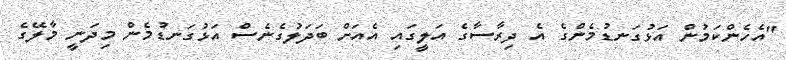
"އެހެންކަމުން އަޅުގަނޑުމެންގެ އެ ދިރާސާގެ އަލީގައި އެއަށް ބަދަލުގެނެސް އަޅުގަނޑުމެން މިދަނީ މާލޭގެ